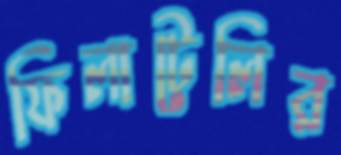
ফিলাটেলির